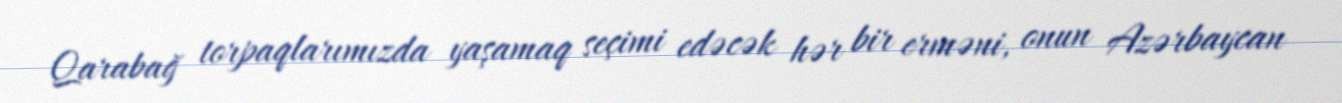
Qarabağ torpaqlarımızda yaşamaq seçimi edəcək hər bir erməni, onun Azərbaycan